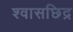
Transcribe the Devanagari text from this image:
श्वासछिद्र